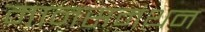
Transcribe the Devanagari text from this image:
मानसमंथन